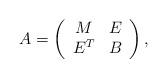
LaTeX: \begin{align*}A=\left(\begin{array}{cc} M & E\\ E^T & B \end{array}\right), \end{align*}